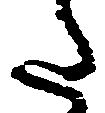
た